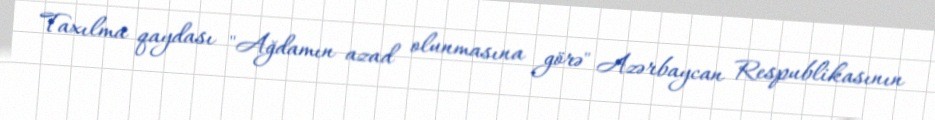
Taxılma qaydası "Ağdamın azad olunmasına görə" Azərbaycan Respublikasının